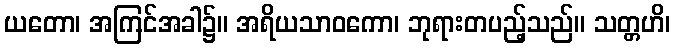
ယတော၊ အကြင်အခါ၌။ အရိယသာဝကော၊ ဘုရားတပည့်သည်။ သတ္တဟိ၊